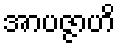
အာပဇ္ဇာဟိ